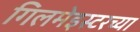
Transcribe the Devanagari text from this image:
गिलमेइस्टरच्या